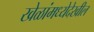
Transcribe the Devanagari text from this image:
खेळांमध्येदेखील